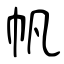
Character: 帆